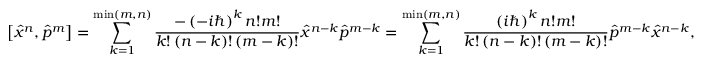
\left[ { \hat { x } } ^ { n } , { \hat { p } } ^ { m } \right] = \sum _ { k = 1 } ^ { \operatorname* { m i n } \left( m , n \right) } { { \frac { - \left( - i \hbar \right) ^ { k } n ! m ! } { k ! \left( n - k \right) ! \left( m - k \right) ! } } { \hat { x } } ^ { n - k } { \hat { p } } ^ { m - k } } = \sum _ { k = 1 } ^ { \operatorname* { m i n } \left( m , n \right) } { { \frac { \left( i \hbar \right) ^ { k } n ! m ! } { k ! \left( n - k \right) ! \left( m - k \right) ! } } { \hat { p } } ^ { m - k } { \hat { x } } ^ { n - k } } ,